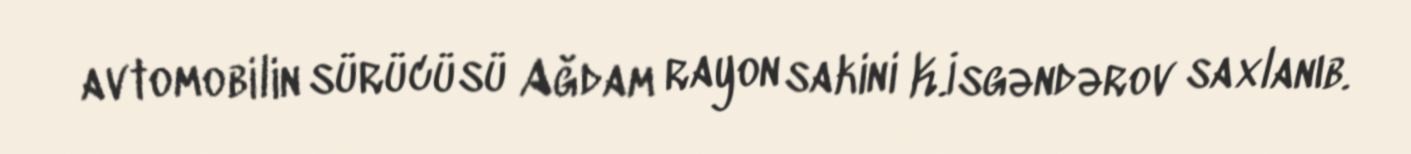
avtomobilin sürücüsü Ağdam rayon sakini K.İsgəndərov saxlanıb.